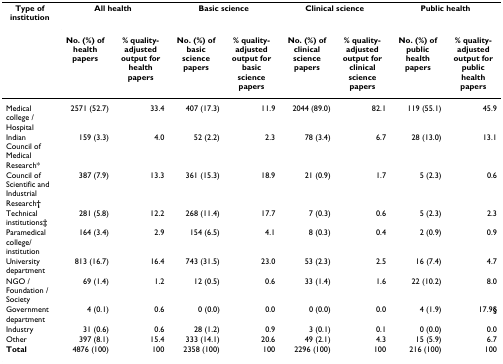
| Type of institution | <COLSPAN=2> All health | <COLSPAN=2> Basic science | <COLSPAN=2> Clinical science | <COLSPAN=2> Public health |
 |  | No. (%) of health papers | % quality-adjusted output for health papers | No. (%) of basic science papers | % quality-adjusted output for basic science papers | No. (%) of clinical science papers | % quality-adjusted output for clinical science papers | No. (%) of public health papers | % quality-adjusted output for public health papers |
 | --- | --- | --- | --- | --- | --- | --- | --- | --- |
 | Medical college / Hospital | 2571 (52.7) | 33.4 | 407 (17.3) | 11.9 | 2044 (89.0) | 82.1 | 119 (55.1) | 45.9 |
 | Indian Council of Medical Research* | 159 (3.3) | 4.0 | 52 (2.2) | 2.3 | 78 (3.4) | 6.7 | 28 (13.0) | 13.1 |
 | Council of Scientific and Industrial Research† | 387 (7.9) | 13.3 | 361 (15.3) | 18.9 | 21 (0.9) | 1.7 | 5 (2.3) | 0.6 |
 | Technical institutions‡ | 281 (5.8) | 12.2 | 268 (11.4) | 17.7 | 7 (0.3) | 0.6 | 5 (2.3) | 2.3 |
 | Paramedical college/institution | 164 (3.4) | 2.9 | 154 (6.5) | 4.1 | 8 (0.3) | 0.4 | 2 (0.9) | 0.9 |
 | University department | 813 (16.7) | 16.4 | 743 (31.5) | 23.0 | 53 (2.3) | 2.5 | 16 (7.4) | 4.7 |
 | NGO / Foundation / Society | 69 (1.4) | 1.2 | 12 (0.5) | 0.6 | 33 (1.4) | 1.6 | 22 (10.2) | 8.0 |
 | Government department | 4 (0.1) | 0.6 | 0 (0.0) | 0.0 | 0 (0.0) | 0.0 | 4 (1.9) | 17.9§ |
 | Industry | 31 (0.6) | 0.6 | 28 (1.2) | 0.9 | 3 (0.1) | 0.1 | 0 (0.0) | 0.0 |
 | Other | 397 (8.1) | 15.4 | 333 (14.1) | 20.6 | 49 (2.1) | 4.3 | 15 (5.9) | 6.7 |
 | Total | 4876 (100) | 100 | 2358 (100) | 100 | 2296 (100) | 100 | 216 (100) | 100 |